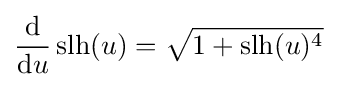
{\frac {\mathrm {d} }{\mathrm {d} u}}\operatorname {slh} (u)={\sqrt {1+\operatorname {slh} (u)^{4}}}